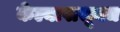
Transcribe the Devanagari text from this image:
केल्यापासूनच